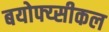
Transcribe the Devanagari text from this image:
बयोफ्य्सीकल